General report no. 6 on the lunatic asylums, vaccination and dispensaries in the Bengal Presidency, 1873 -
Year: 1873
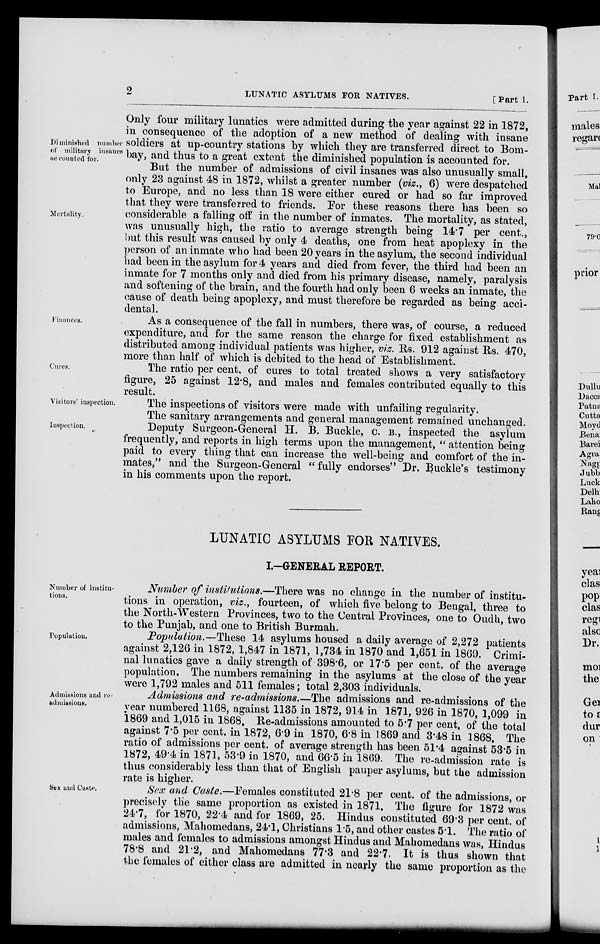
2
LUNATIC ASYLUMS FOR NATIVES.
[Part 1.
Diminished number
of military insanes
accounted for.
Only four military lunatics were admitted during the year against 22 in 1872,
in consequence of the adoption of a new method of dealing with insane
soldiers at up-country stations by which they are transferred direct to Bom-
bay, and thus to a great extent the diminished population is accounted for.
Mortality.
But the number of admissions of civil insanes was also unusually small,
only 23 against 48 in 1872, whilst a greater number (viz., 6) were despatched
to Europe, and no less than 18 were either cured or had so far improved
that they were transferred to friends. For these reasons there has been so
considerable a falling off in the number of inmates. The mortality, as stated,
was unusually high, the ratio to average strength being 14.7 per cent.,
but this result was caused by only 4 deaths, one from heat apoplexy in the
person of an inmate who had been 20 years in the asylum, the second individual
had been in the asylum for 4 years and died from fever, the third had been an
inmate for 7 months only and died from his primary disease, namely, paralysis
and softening of the brain, and the fourth had only been 6 weeks an inmate, the
cause of death being apoplexy, and must therefore be regarded as being acci-
dental.
Finances.
As a consequence of the fall in numbers, there was, of course, a reduced
expenditure, and for the same reason the charge for fixed establishment as
distributed among individual patients was higher, viz. Rs. 912 against Rs. 470,
more than half of which is debited to the head of Establishment.
Cures.
The ratio per cent, of cures to total treated shows a very satisfactory
figure, 25 against 12.8, and males and females contributed equally to this
result.
Visitors' inspection.
The inspections of visitors were made with unfailing regularity.
The sanitary arrangements and general management remained unchanged
Inspection.
Deputy Surgeon-General H. B. Buckle, C. B., inspected the asylum
frequently, and reports in high terms upon the management, " attention being
paid to every thing that can increase the well-being and comfort of the in-
mates," and the Surgeon-General " fully endorses" Dr. Buckle's testimony
in his comments upon the report.
LUNATIC ASYLUMS FOR NATIVES.
I.-GENERAL REPORT.
Number of institu-
tions.
Number of institutions.—There was no change in the number of institu-
tions in operation, viz., fourteen, of which five belong to Bengal, three to
the North-Western Provinces, two to the Central Provinces, one to Oudh, two
to the Punjab, and one to British Burmah.
Population.
Population.—These 14 asylums housed a daily average of 2,272 patients
against 2,126 in 1872, 1,847 in 1871, 1,734 in 1870 and 1,651 in 1869. Crimi-
nal lunatics gave a daily strength of 398.6, or 17.5 per cent. of the average
population. The numbers remaining in the asylums at the close of the year
were 1,792 males and 511 females; total 2,303 individuals.
Admissions and re-
admissions.
Admissions and re-admissions.—The admissions and re-admissions of the
year numbered 1168, against 1135 in 1872, 914 in 1871, 926 in 1870, 1,099 in
1869 and 1,015 in 1868. Re-admissions amounted to 5.7 per cent, of the total
against 7.5 per cent. in 1872, 6.9 in 1870, 6.8 in 1869 and 3.48 in 1868. The
ratio of admissions per cent. of average strength has been 51.4 against 53.5 in
1872, 49.4 in 1871, 53.9 in 1870, and 66.5 in 1869. The re-admission rate is
thus considerably less than that of English pauper asylums, but the admission
rate is higher.
Sex and Caste.
Sex and Caste.—Females constituted 21.8 per cent. of the admissions, or
precisely the same proportion as existed in 1871. The figure for 1872 was
24.7, for 1870, 22.4 and for 1869, 25. Hindus constituted 69.3 per cent. of
admissions, Mahomedans, 24.1, Christians 1.5, and other castes 5.1. The ratio of
males and females to admissions amongst Hindus and Mahomedans was, Hindus
78.8 and 21.2, and Mahomedans 77.3 and 22.7. It is thus shown that
the females of either class are admitted in nearly the same proportion as the